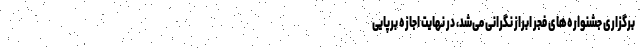
برگزاری جشنواره‌های فجر ابراز نگرانی می‌شد، در نهایت اجازه برپایی